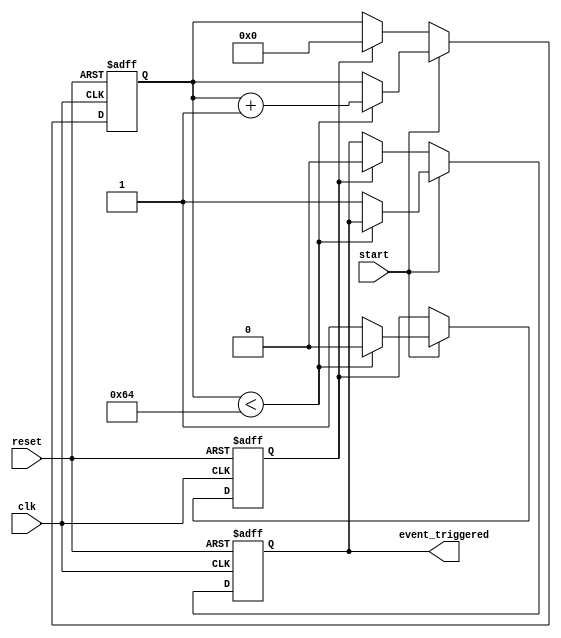
module TimerControlledEvent (
    input wire clk,              // Clock signal
    input wire reset,            // Asynchronous reset signal
    input wire start,            // Control signal to initiate the timer
    output reg event_triggered    // Output signal indicating event has been triggered
);

    // Parameter defining the threshold value for the timer
    parameter THRESHOLD = 100;   // Adjust this value based on desired timing

    // Internal signals
    reg [7:0] timer_count;       // Timer counter (8 bits for example)
    reg timer_expired;           // Flag indicating if timer has expired

    // Asynchronous reset and timer operation
    always @(posedge clk or posedge reset) begin
        if (reset) begin
            timer_count <= 8'b0;      // Reset timer count
            event_triggered <= 1'b0;   // Deactivate event
            timer_expired <= 1'b0;     // Clear timer expired flag
        end else if (start) begin
            if (timer_count < THRESHOLD) begin
                timer_count <= timer_count + 1; // Increment timer count
                timer_expired <= 1'b0;           // Timer has not expired yet
            end else begin
                timer_expired <= 1'b1;           // Timer has expired
                event_triggered <= 1'b1;         // Trigger the event
            end
        end else begin
            // If start is not asserted, keep the event_triggered low
            if (timer_expired) begin
                event_triggered <= 1'b0;         // Reset event_triggered after it has been triggered
                timer_count <= 8'b0;              // Optionally reset the timer count for next start
            end
        end
    end

endmodule